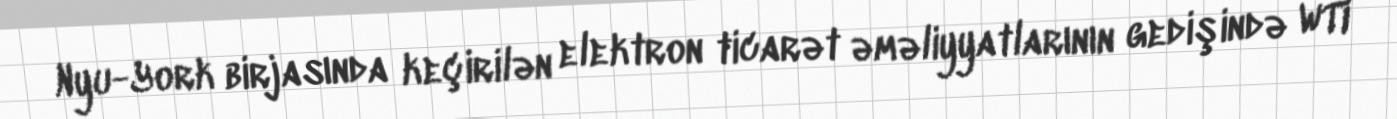
Nyu-York birjasında keçirilən elektron ticarət əməliyyatlarının gedişində WTI